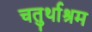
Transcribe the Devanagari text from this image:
चतुर्थाश्रम